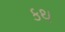
કથ